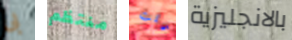
بى منتظم قلت بالانجليزية